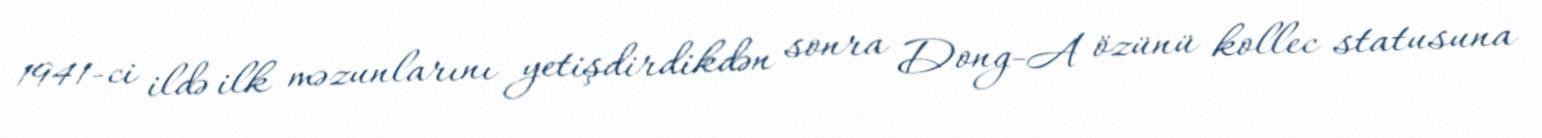
1941-ci ildə ilk məzunlarını yetişdirdikdən sonra Dong-A özünü kollec statusuna